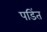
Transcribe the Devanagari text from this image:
पडिंत